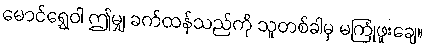
မောင်ရွှေဝါ ဤမျှ ခက်ထန်သည်ကို သူတစ်ခါမှ မကြုံဖူးချေ။